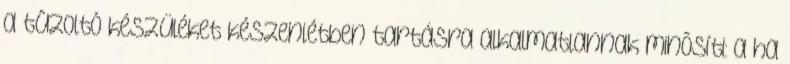
a tûzoltó készüléket készenlétben tartásra alkalmatlannak minõsíti: a ha